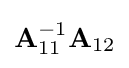
\mathbf {A} _{11}^{-1}\mathbf {A} _{12}